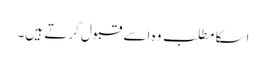
اسکا مطلب وہ اسے قبول کرتے ہیں۔